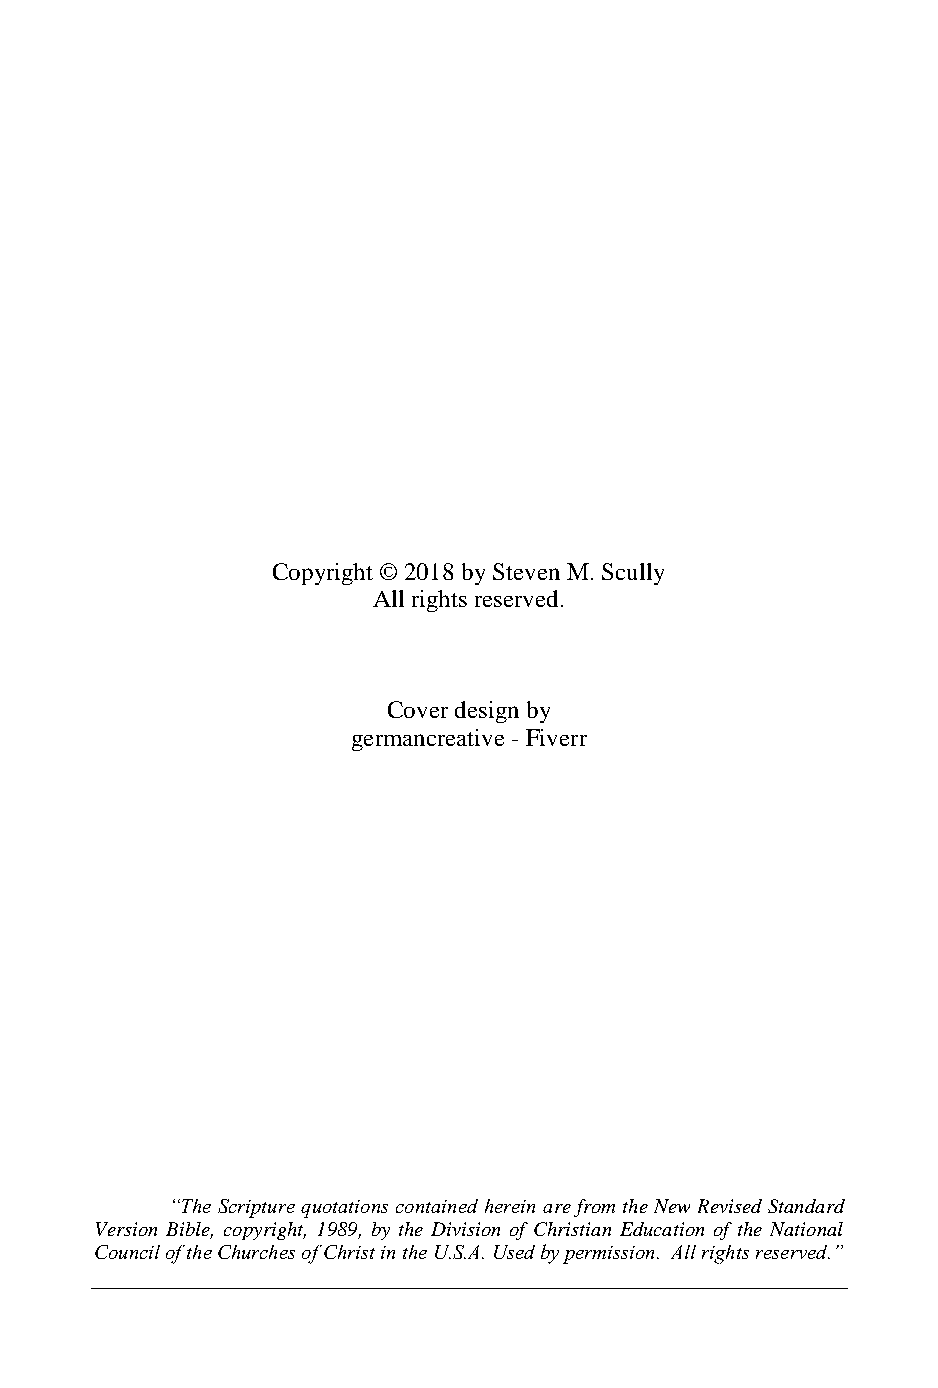
Copyright © 2018 by Steven M. Scully
 All rights reserved.
 Cover design by
 germancreative - Fiverr
 “The Scripture quotations contained herein are from the New Revised Standard
 Version Bible, copyright, 1989, by the Division of Christian Education of the National
 Council of the Churches of Christ in the U.S.A. Used by permission. All rights reserved.”